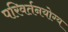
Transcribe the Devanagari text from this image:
परिवर्तनयोग्य